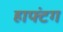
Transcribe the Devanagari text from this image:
हाफ्टंग